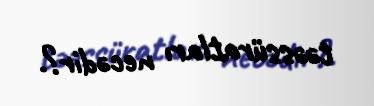
təəssüratları necədir?.